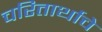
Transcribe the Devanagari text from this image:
चरितार्थाचे